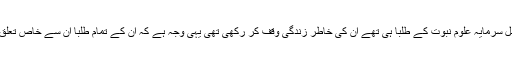
بابا جی کا اصل سرمایہ علوم نبوت کے طلبا ہی تھے ان کی خاطر زندگی وقف کر رکھی تھی یہی وجہ ہے کہ ان کے تمام طلبا ان سے خاص تعلق رکھتے ہیں ۔